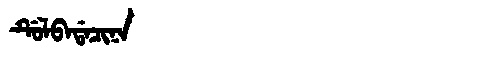
Manchu: ᡩᡠᠯᠪᠠᡩᠠᠴᡳᠨᠠ
Romanization: DULBADACINA